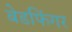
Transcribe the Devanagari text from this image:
बेडफिंगर